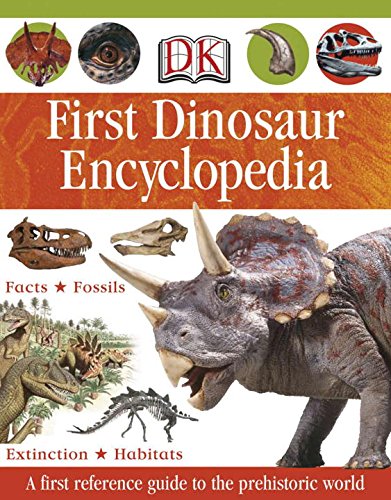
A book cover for First Dinosaur Encyclopedia; DK; Reference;